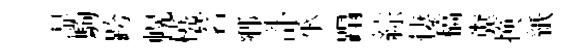
湿駒跨幌橈茗鄉訃承蹋綜悽稿糞换紙